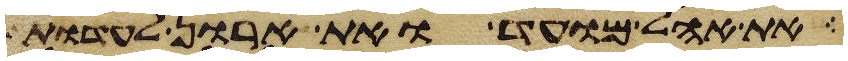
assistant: את אהל מועד ואת הארון לעדות